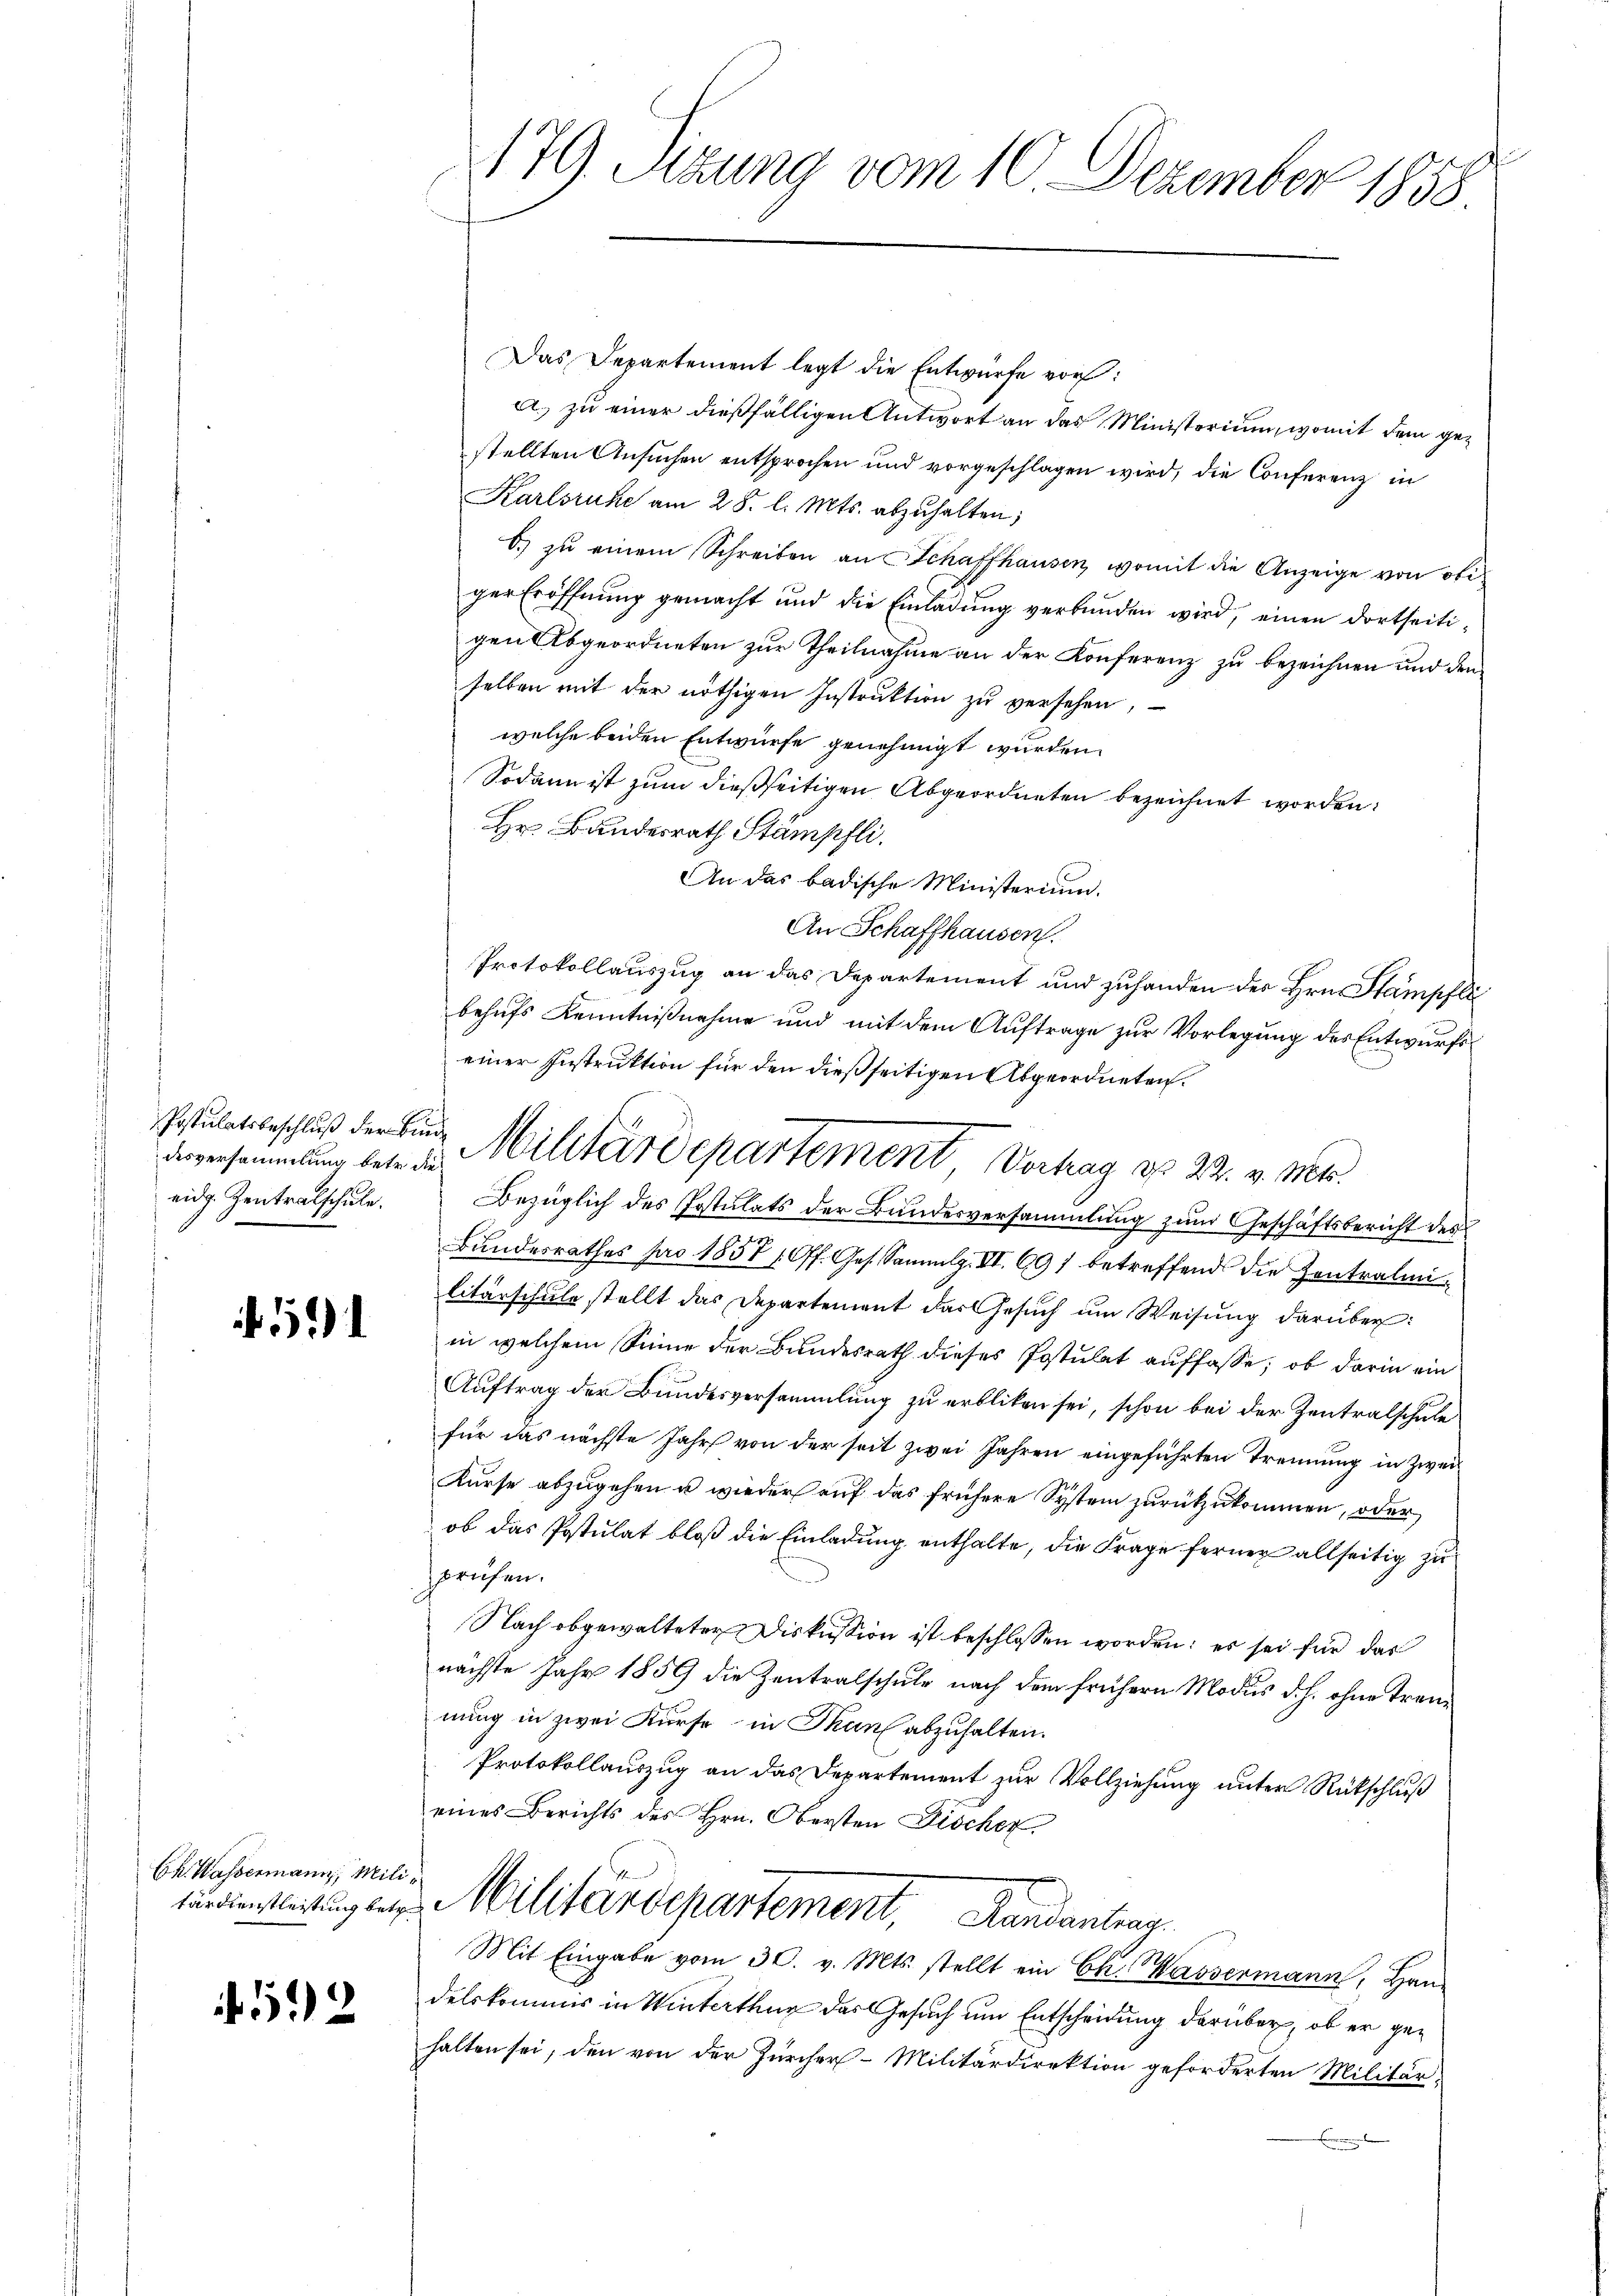
Postulatsbeschluß der Binde
eidg. Zentralschule.

5

Ck. Wassermann, Mili¬

12

179. Sitzung vom 10. Dezember 1858

Das Departement legt die Entwürfe vor:
a. zu einer dießfälligen Antwort an das Ministorium, womit dem gestellten Ansuchen entsprochen und vorgeschlagen wird, die Conferenz in
Karlsruhe am 28. l. Mts. abzuhalten;
6.) zu einem Schreiben an Schaffhausen, womit die Anzeige von obiger Eröffnung gemacht und die Einladung verbunden wird, einen dortseitigen Abgeordneten zur Theilnahme an der Konferenz zu bezeichnen und den
selben mit der nöthigen Instruktion zu versehen,
welche beiden Entwurfe genehmigt wurden.
Sodann ist zum dießseitigen Abgeordneten bezeichnet worden:
Hr. Bundesrath Stämpfli
An das badische Ministerium.
An Schaffhausen.
Protokollauszug an das Departement und zuhanden des Hrn. Stampfli
behufs Kenntnißnahme und mit dem Auftrage zur Vorlegung des Entwurfseiner Instruktion für den dießseitigen Abgeordneten.
Bezüglich des Postulats der Bundesversammlung zum Geschäftsbericht des
Bundesrathes pro 1857 (Off. Ges. Sammlg. III 691 betreffend die Zentralinilitärschule stellt das Departement das Gesŭch ŭm Weisung darüber:
in welchem Sinne der Bundesrath dieses Postulat auffasse, ob darin ein
Auftrag der Bundesversammlung zu erbliken sei, schon bei der Zentralschule
für das nächste Jahr von der seit zwei Jahren eingeführten Trennung in Zwei¬
Kurse abzugehen u wieder auf das frühere System zurückzukommen, oder
ob das Postulat bloß die Einladung enthalte, die Frage ferner allseitig zu
spruchen.
Nach obgewalteter Diskussion ist beschlossen worden; es sei für das
nächste Jahr 1859 die Zentralschule nach dem frühern Modus d. h. ohne Trennung in zwei Kurse in Thans abzuhalten.
Protokollauszug an das Departement zur Vollziehung unter Rückschluß
eines Berichts des Hrn. Obersten Discher
rdienstleitung des Militärdepartement, Randantrag
Mit Eingabe vom 30. v. Mts. stellt ein Ek. Wassermann, Handelskommis in Winterthur das Gesuch um Entscheidung darüber, ob er gehalten sei, den von der Zürcher-Militärdirektion geforderten Militär¬

derversammlung betr. in Militärdepartement, Vertrag d. 22. v. Mts.